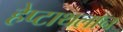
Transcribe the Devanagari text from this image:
हेप्टाथलान